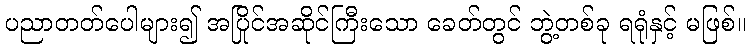
ပညာတတ်ပေါများ၍ အပြိုင်အဆိုင်ကြီးသော ခေတ်တွင် ဘွဲ့တစ်ခု ရရုံနှင့် မဖြစ်။